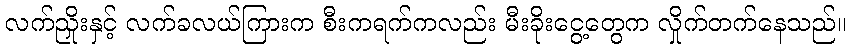
လက်ညှိုးနှင့် လက်ခလယ်ကြားက စီးကရက်ကလည်း မီးခိုးငွေ့တွေက လှိုက်တက်နေသည်။